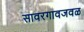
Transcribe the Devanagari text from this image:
सावरगावजवळ